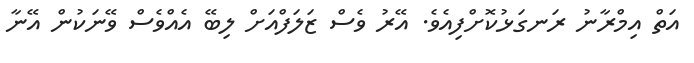
އަތް އިމްރާނު ރަނގަޅުކޮށްފިއެވެ. އޭރު ވެސް ޒަލަފްއަށް ލިބޭ އެއްވެސް ވޭނަކުން އޭނާ